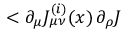
< \partial _ { \mu } { \cal J } _ { \mu \nu } ^ { ( i ) } ( x ) \, \partial _ { \rho } { \cal J }